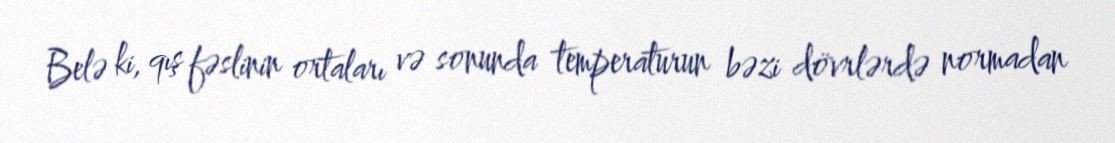
Belə ki, qış fəslinin ortaları və sonunda temperaturun bəzi dövrlərdə normadan